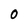
Character: O